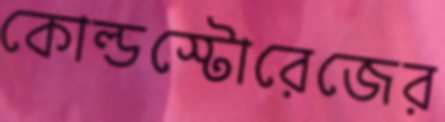
কোল্ডস্টোরেজের